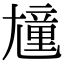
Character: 𡰒